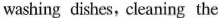
|washing dishes,cleaning the